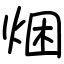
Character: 焑